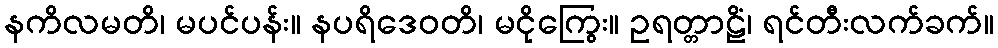
နကိလမတိ၊ မပင်ပန်း။ နပရိဒေဝတိ၊ မငိုကြွေး။ ဥရတ္တာဠိံ၊ ရင်တီးလက်ခက်။